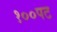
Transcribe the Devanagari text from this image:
१००पट